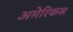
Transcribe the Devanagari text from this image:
अमेरिकस